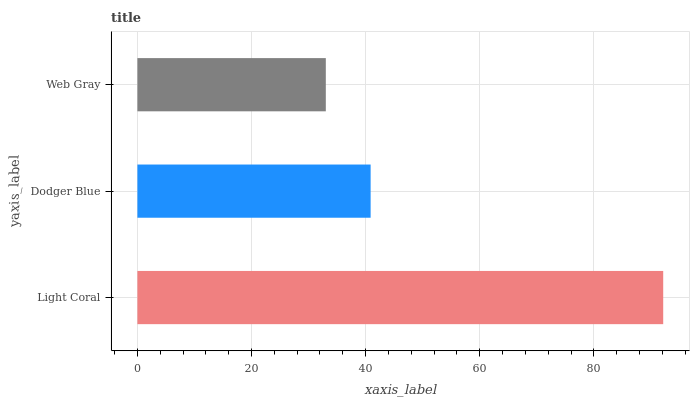
| yaxis_label | bars |
 | --- | --- |
 | Light Coral | 92.2 |
 | Dodger Blue | 40.9 |
 | Web Gray | 33 |